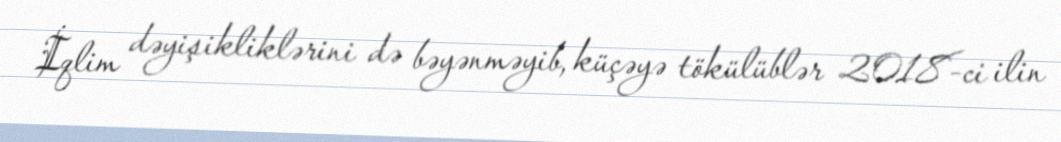
İqlim dəyişikliklərini də bəyənməyib, küçəyə tökülüblər 2018-ci ilin